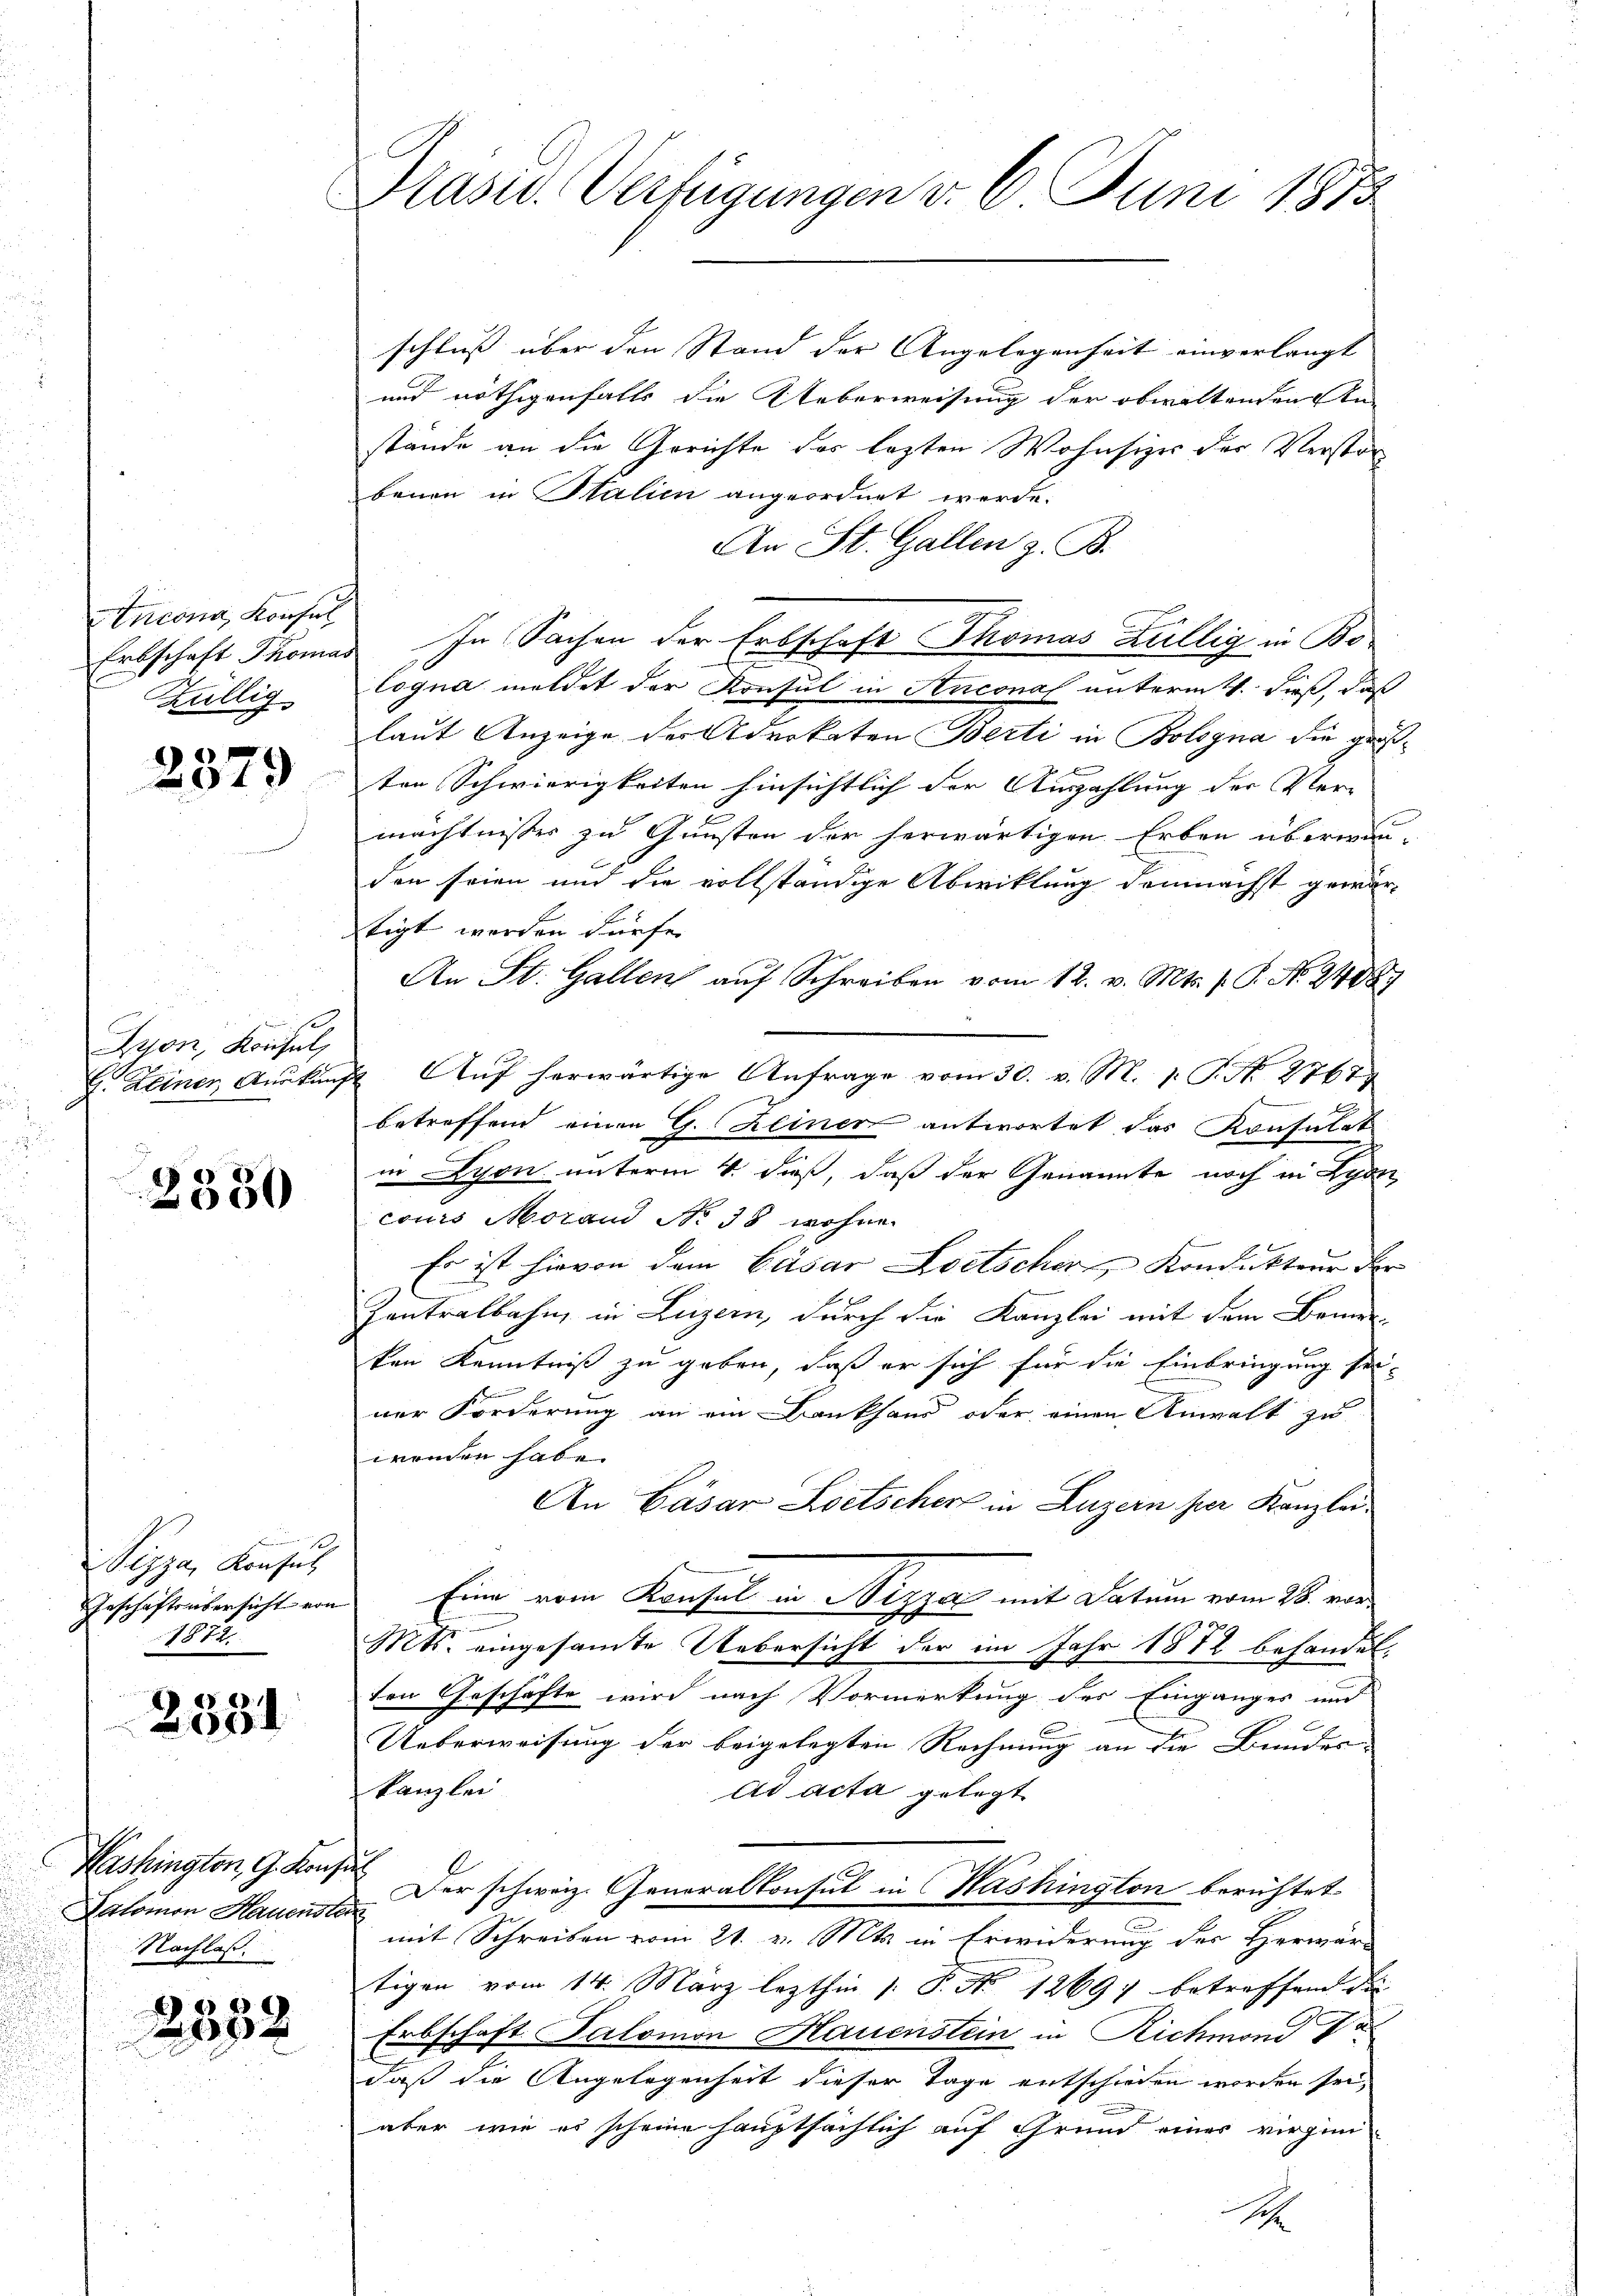
Ancona, Konsul
Züllig

2379

Gron, Konsul,

2380

1
Vizza, Konsul
Geschäftsübersicht von
1927.

e
0

schluss über den Stand der Angelegenheit einverlangt
und nöthigenfalls die Ueberweisung der obwaltenden An
stände an die Gerichte der lezten Wohnsizes der Verstor
benen in Stalien angeordnet werde.
An St. Gallen z. B.
Erbschaft Thomas In Sachen der Erbschaft Thomas Zallig in Bo¬
Cogna meldet der Konsul in Anconas unterm 4. dieß, daß
laut Anzeige der Advokaten Berti in Bologna die großten Schwierigkeiten hinsichtlich der Auszahlung der Vermächtnisses zu Gunsten der herwärtigen Erben übereau-
den seien und die vollständige Abwicklung demnächst gewärtigt werden dürfe.
An St. Gallen auf Schreiben vom 12. v. Mts. f. P. No. 24087
G. Deiner Auskunft. Aŭf herwärtige Anfrage vom 30. v. M. 1. P. N. 2767
betreffend einen G. Keiner antwortet das Konsulat
in Lyon unterm 4. dieß, daß der Genannte noch in Lyon
cours Morand No. 38 wohne
Es ist hievon dem Cäsar Zwetscher Kondukteur der
e
Zentralbahn, in Luzern, durch die Kanzlei mit dem Bemer-
ten Kenntniß zu geben, daß er sich für die Einbringung seiner Forderung an ein Bankhaus oder einen Anwalt zu
wenden habe.
An Cäsar Zoetscher in Luzern per Kanzlei
Eine vom Konsul in Nizzar mit Datum vom 28. vor¬
Mts. eingesamte Uebersicht der im Jahr 1872 behandel
ten Geschäfte wird nach Vormerkung des Einganges und
Ueberweisung der beigelegten Rechnung an die Bundes-
kanzlei
ad acta gelegt
Salomon Hauenst. Der schweiz. Generalkonsul in Washington berichtet
mit Schreiben vom 21. v. Mts. in Erwiderung des Herwar-
tigen vom 14. März lezthin 1 S. No 12697 betreffend die
Erbschaft Salomon Hauenstein in Richmond V
daß die Angelegenheit dieser Tage entschieden worden sei,
aber wie es scheine hauptsächlich auf Grund eines virgen
1

Washington, G. Konfus
Nachlaß.

30
x

Präsid. Verfügungen d. 6. Juni 1873